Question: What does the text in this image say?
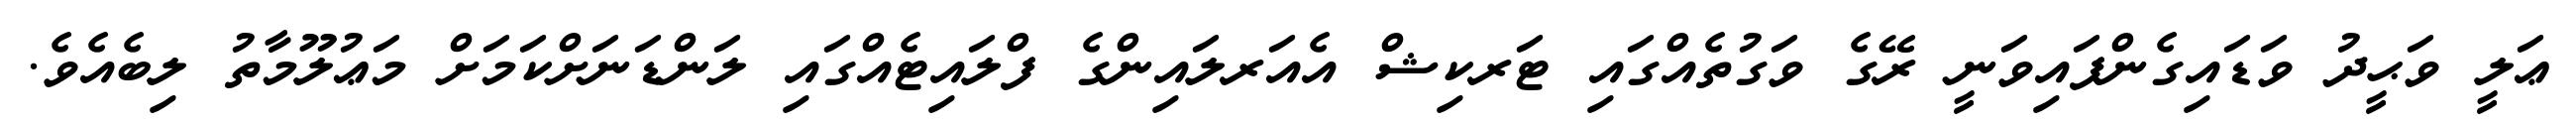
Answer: ޢަލީ ވަޙީދު ވަޑައިގެންފައިވަނީ ރޭގެ ވަގުތެއްގައި ޓަރކިޝް އެއަރލައިންގެ ފްލައިޓެއްގައި ލަންޑަނަށްކަމަށް މަޢުލޫމާތު ލިބެއެވެ.